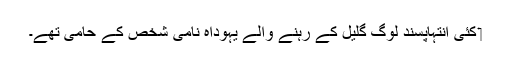
‏ کئی اِنتہاپسند لوگ گلیل کے رہنے والے یہوداہ نامی شخص کے حامی تھے۔